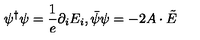
\psi ^ { \dagger } \psi = \frac { 1 } { e } \partial _ { i } E _ { i } , \bar { \psi } \psi = - 2 A \cdot \tilde { E }